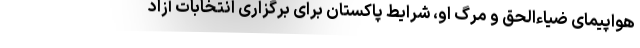
هواپیمای ضیاءالحق و مرگ او، شرایط پاکستان برای برگزاری انتخابات آزاد